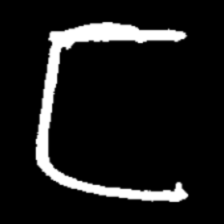
Pyu character \u2014 Myanmar letter: ဋ (romanized: tta)